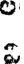
.